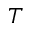
T